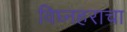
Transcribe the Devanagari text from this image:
विघ्नहराचा